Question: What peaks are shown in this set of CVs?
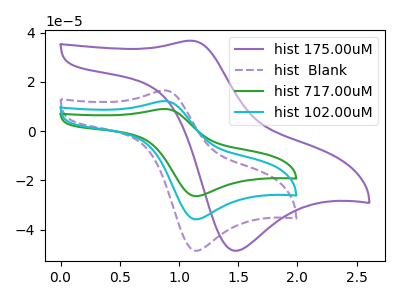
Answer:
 <answer>The purple curve "hist 175.00uM" has an anodic peak at (1.10V, 36.70uA) and a cathodic peak at (1.45V, -48.60uA). The purple dashed curve "hist  Blank" has an anodic peak at (0.90V, 16.55uA) and a cathodic peak at (1.15V, -48.60uA). The green curve "hist 717.00uM" has an anodic peak at (0.90V, 24.40uA) and a cathodic peak at (1.15V, -71.65uA). The cyan curve "hist 102.00uM" has an anodic peak at (0.90V, 12.20uA) and a cathodic peak at (1.15V, -35.80uA).</answer>
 <eval></eval>